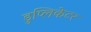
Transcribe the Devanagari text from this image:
डुप्लिकेटर